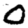
Digit: 0